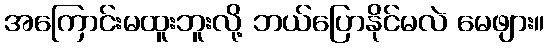
အကြောင်းမထူးဘူးလို့ ဘယ်ပြောနိုင်မလဲ မေဖျား။